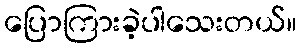
ပြောကြားခဲ့ပါသေးတယ်။